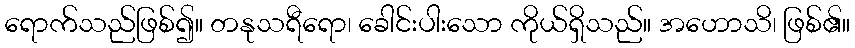
ရောက်သည်ဖြစ်၍။ တနုသရီရော၊ ခေါင်းပါးသော ကိုယ်ရှိသည်။ အဟောသိ၊ ဖြစ်၏။